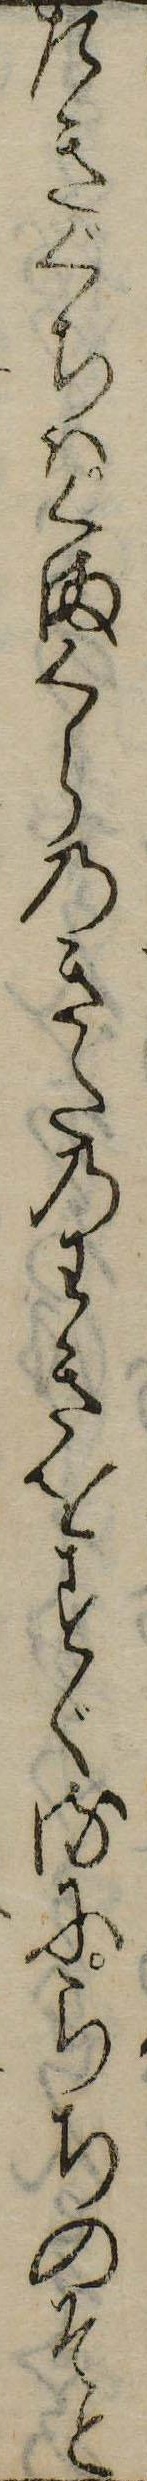
たきぐちはくまくらのきたのわきをすぐるにらちのそと